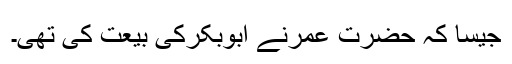
جیسا کہ حضرت عمرنے ابوبکرکی بیعت کی تھی۔